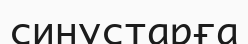
синустарға